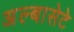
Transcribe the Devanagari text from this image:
अल्बासेटे